Insane asylums in Bengal annual reports 1867-1875 - 1867-1875
Year: 1867
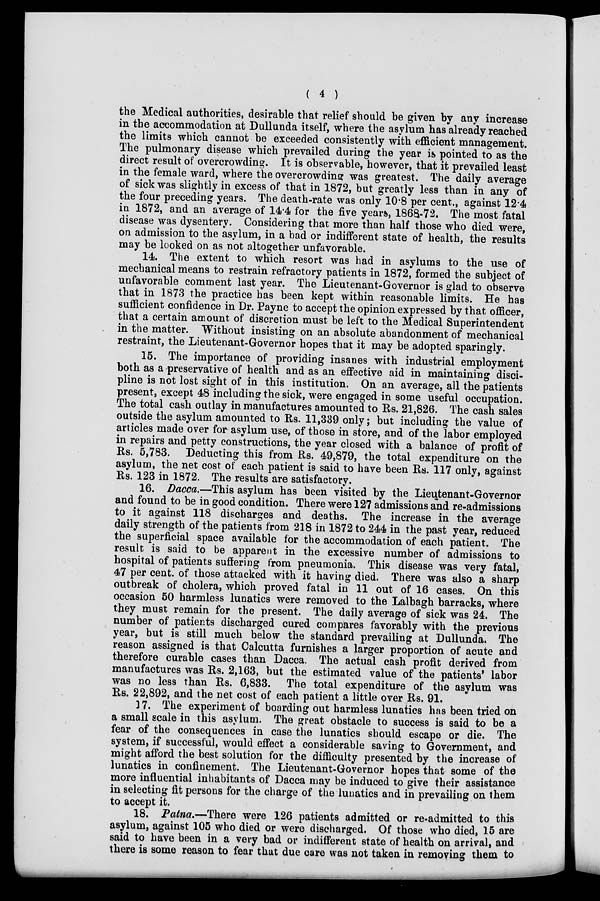
( 4 )
the Medical authorities, desirable that relief should be given by any increase
in the accommodation at Dullunda itself, where the asylum has already reached
the limits which cannot be exceeded consistently with efficient management.
The pulmonary disease which prevailed during the year is pointed to as the
direct result of overcrowding. It is observable, however, that it prevailed least
in the female ward, where the overcrowding was greatest. The daily average
of sick was slightly in excess of that in 1872, but greatly less than in any of
the four preceding years. The death-rate was only 10.8 per cent., against 12.4
in 1872, and an average of 14.4 for the five years, 1868-72. The most fatal
disease was dysentery. Considering that more than half those who died were,
on admission to the asylum, in a bad or indifferent state of health, the results
may be looked on as not altogether unfavorable.
14. The extent to which resort was had in asylums to the use of
mechanical means to restrain refractory patients in 1872, formed the subject of
unfavorable comment last year. The Lieutenant-Governor is glad to observe
that in 1873 the practice has been kept within reasonable limits. He has
sufficient confidence in Dr. Payne to accept the opinion expressed by that officer,
that a certain amount of discretion must be left to the Medical Superintendent
in the matter. Without insisting on an absolute abandonment of mechanical
restraint, the Lieutenant-Governor hopes that it may be adopted sparingly.
15. The importance of providing insanes with industrial employment
both as a preservative of health and as an effective aid in maintaining disci-
pline is not lost sight of in this institution. On an average, all the patients
present, except 48 including the sick, were engaged in some useful occupation.
The total cash outlay in manufactures amounted to Rs. 21,826. The cash sales
outside the asylum amounted to Rs. 11,339 only; but including the value of
articles made over for asylum use, of those in store, and of the labor employed
in repairs and petty constructions, the year closed with a balance of profit of
Rs. 5,783. Deducting this from Rs. 49,879, the total expenditure on the
asylum, the net cost of each patient is said to have been Rs. 117 only, against
Rs. 123 in 1872. The results are satisfactory.
16. Dacca.—This asylum has been visited by the Lieutenant-Governor
and found to be in good condition. There were 127 admissions and re-admissions
to it against 118 discharges and deaths. The increase in the average
daily strength of the patients from 218 in 1872 to 244 in the past year, reduced
the superficial space available for the accommodation of each patient. The
result is said to be apparent in the excessive number of admissions to
hospital of patients suffering from pneumonia. This disease was very fatal,
47 per cent. of those attacked with it having died. There was also a sharp
outbreak of cholera, which proved fatal in 11 out of 16 cases. On this
occasion 50 harmless lunatics were removed to the Lalbagh barracks, where
they must remain for the present. The daily average of sick was 24. The
number of patients discharged cured compares favorably with the previous
year, but is still much below the standard prevailing at Dullunda. The
reason assigned is that Calcutta furnishes a larger proportion of acute and
therefore curable cases than Dacca. The actual cash profit derived from
manufactures was Rs. 2,163, but the estimated value of the patients' labor
was no less than Rs. 6,833. The total expenditure of the asylum was
Rs. 22,892, and the net cost of each patient a little over Rs. 91.
17. The experiment of boarding out harmless lunatics has been tried on
a small scale in this asylum. The great obstacle to success is said to be a
fear of the consequences in case the lunatics should escape or die. The
system, if successful, would effect a considerable saving to Government, and
might afford the best solution for the difficulty presented by the increase of
lunatics in confinement. The Lieutenant-Governor hopes that some of the
more influential inhabitants of Dacca may be induced to give their assistance
in selecting fit persons for the charge of the lunatics and in prevailing on them
to accept it.
18. Patna.—There were 126 patients admitted or re-admitted to this
asylum, against 105 who died or were discharged. Of those who died, 15 are
said to have been in a very bad or indifferent state of health on arrival, and
there is some reason to fear that due care was not taken in removing them to